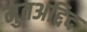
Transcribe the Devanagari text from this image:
मुतअद्दिद